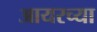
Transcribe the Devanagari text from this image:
आयरच्या